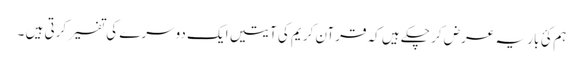
ہم کئ بار یہ عرض کر چکے ہیں کہ قرآن کریم کی آیتیں ایک دوسرے کی تفسیر کرتی ہیں ۔